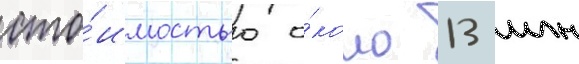
сто́имостью о́коло 13 млн